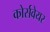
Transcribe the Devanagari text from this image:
कोर्सवेयर